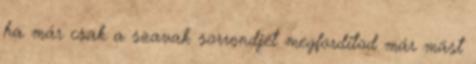
ha már csak a szavak sorrendjét megforditod már mást